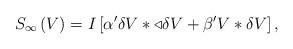
LaTeX: \begin{align*}S_{\infty }\left( V\right) =I\left[ \alpha ^{\prime }\delta V\ast\triangleleft \delta V+\beta ^{\prime }V\ast \delta V\right] ,\end{align*}